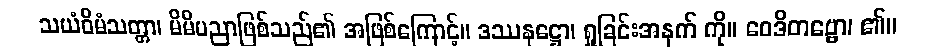
သယံဝိမံသတ္တာ၊ မိမိပညာဖြစ်သည်၏ အဖြစ်ကြောင့်။ ဒဿနဋ္ဌော၊ ရှုခြင်းအနက် ကို။ ဝေဒိတဗ္ဗော၊ ၏။